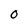
Character: 0